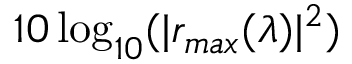
1 0 \log _ { 1 0 } ( | r _ { m a x } ( \lambda ) | ^ { 2 } )